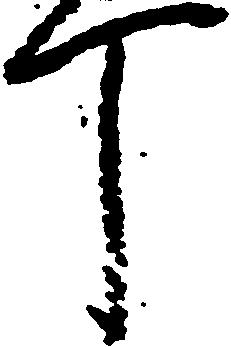
丁